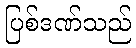
ပြစ်ဒဏ်သည်